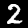
Label: 2